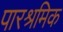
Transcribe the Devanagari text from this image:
पारश्रमिक